Scottish Leaving Certificate Examination, 1961
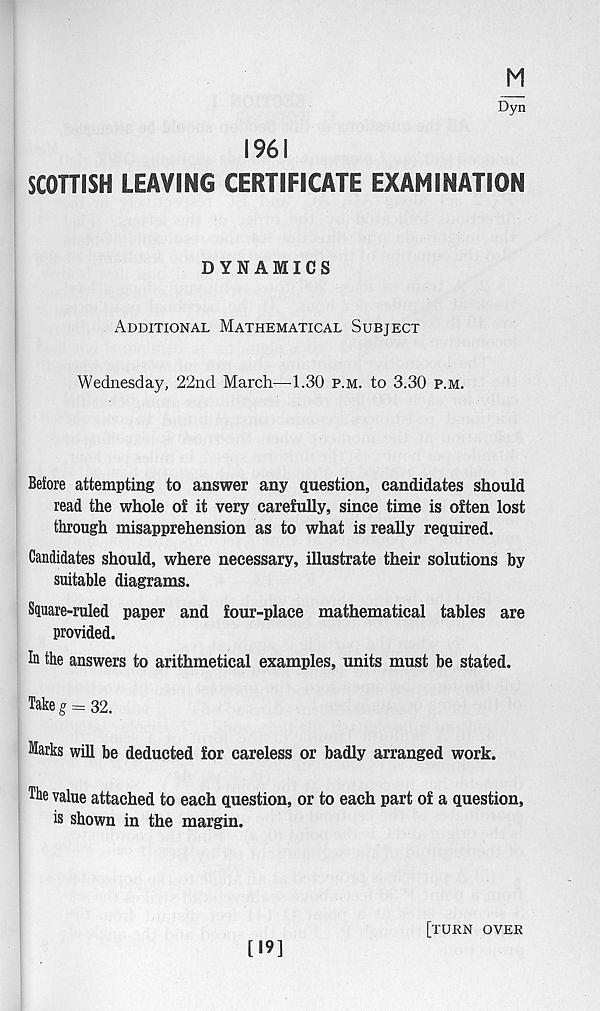
M
Dyn
1961
SCOTTISH LEAVING CERTIFICATE EXAMINATION
DYNAMICS
Additional Mathematical Subject
Wednesday, 22nd March—1.30 p.m. to 3.30 p.m.
Before attempting to answer any question, candidates should
read the whole of it very carefully, since time is often lost
through misapprehension as to what is really required.
Candidates should, where necessary, illustrate their solutions by
suitable diagrams.
Square-ruled paper and four-place mathematical tables are
provided.
In the answers to arithmetical examples, units must be stated.
Take g = 32.
Marks will be deducted for careless or badly arranged work.
The value attached to each question, or to each part of a question,
is shown in the margin.
[19]
[turn over